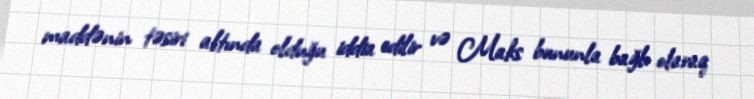
maddənin təsiri altında olduğu iddia edilir və Maks bununla bağlı olaraq